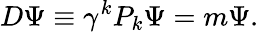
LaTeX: D\Psi\equiv\gamma^{k}P_{k}\Psi=m\Psi.